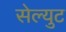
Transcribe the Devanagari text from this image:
सेल्युट